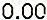
0.00